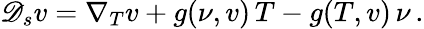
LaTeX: {\mathscr D}_{s}v=\nabla_{T}v+g(\nu,v)\, T-g(T,v)\, \nu\, .